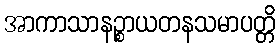
အာကာသာနဉ္စာယတနသမာပတ္တိ